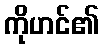
ကိုဟင်၏